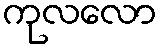
ကုလလော